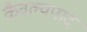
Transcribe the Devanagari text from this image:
कैवल्यपाद